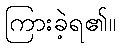
ကြားခဲ့ရ၏။